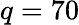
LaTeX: q=70